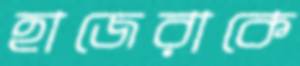
হাজেরাকে